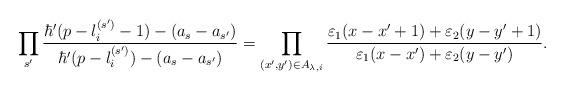
LaTeX: \begin{align*}\prod_{s' }\dfrac{\hbar'(p - l_{i}^{(s')} - 1) - (a_s - a_{s'})}{\hbar'(p - l_{i}^{(s')}) - (a_s - a_{s'})} = \prod_{(x',y') \in A_{\lambda,i}} \dfrac{ \varepsilon_1 (x - x' + 1) + \varepsilon_2 (y - y' + 1)}{ \varepsilon_1 (x - x') + \varepsilon_2 (y - y')}.\end{align*}